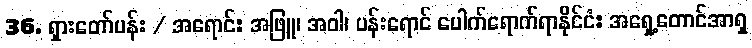
36. ရှားတော်ပန်း / အရောင်: အဖြူ၊ အဝါ၊ ပန်းရောင် ပေါက်ရောက်ရာနိုင်ငံ: အရှေ့တောင်အာရှ